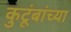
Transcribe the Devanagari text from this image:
कुटूंबांच्या